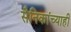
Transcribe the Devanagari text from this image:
सैनिकांच्याही